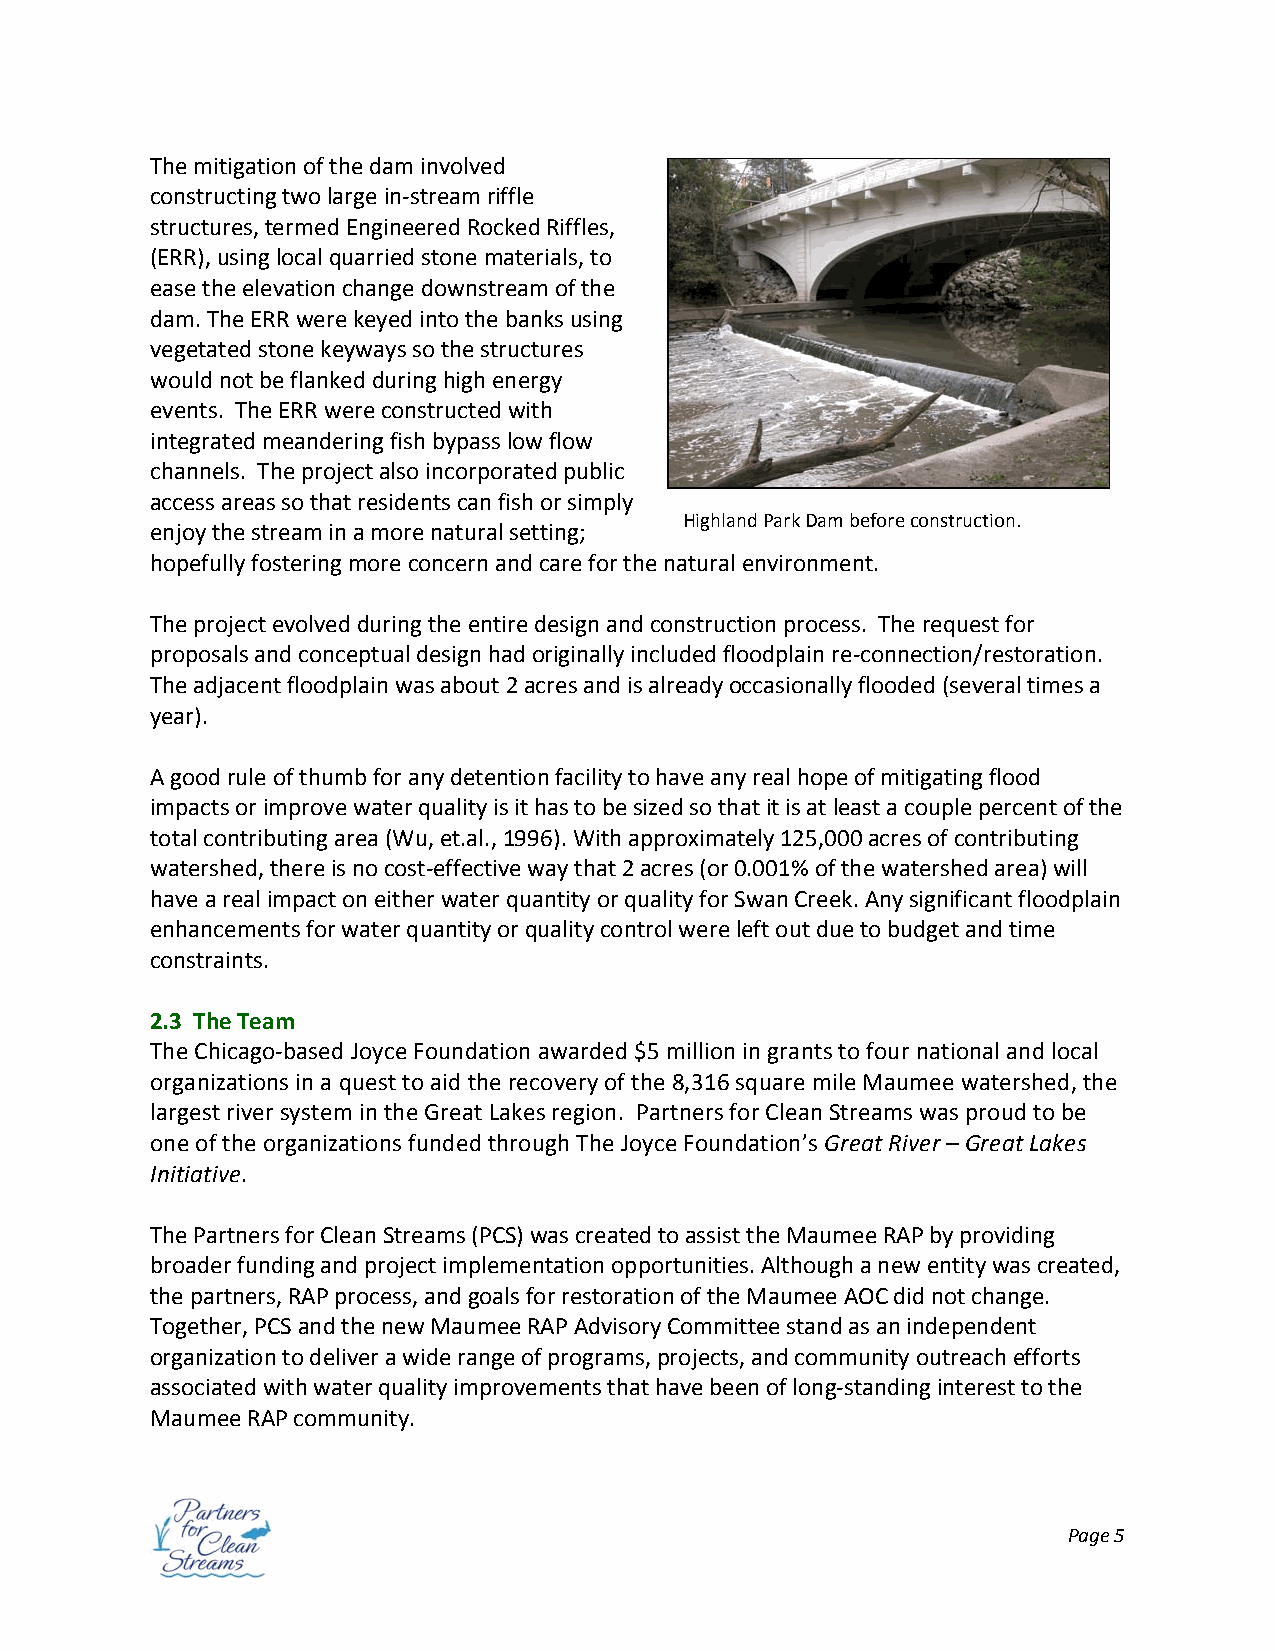
The mitigation of the dam involved
 constructing two large in‐stream riffle
 structures, termed Engineered Rocked Riffles,
 (ERR), using local quarried stone materials, to
 ease the elevation change downstream of the
 dam. The ERR were keyed into the banks using
 vegetated stone keyways so the structures
 would not be flanked during high energy
 events. The ERR were constructed with
 integrated meandering fish bypass low flow
 channels. The project also incorporated public
 access areas so that residents can fish or simply
 Highland Park Dam before construction.
 enjoy the stream in a more natural setting;
 hopefully fostering more concern and care for the natural environment.
 The project evolved during the entire design and construction process. The request for
 proposals and conceptual design had originally included floodplain re‐connection/restoration.
 The adjacent floodplain was about 2 acres and is already occasionally flooded (several times a
 year).
 A good rule of thumb for any detention facility to have any real hope of mitigating flood
 impacts or improve water quality is it has to be sized so that it is at least a couple percent of the
 total contributing area (Wu, et.al., 1996). With approximately 125,000 acres of contributing
 watershed, there is no cost‐effective way that 2 acres (or 0.001% of the watershed area) will
 have a real impact on either water quantity or quality for Swan Creek. Any significant floodplain
 enhancements for water quantity or quality control were left out due to budget and time
 constraints.
 2.3 The Team
 The Chicago‐based Joyce Foundation awarded $5 million in grants to four national and local
 organizations in a quest to aid the recovery of the 8,316 square mile Maumee watershed, the
 largest river system in the Great Lakes region. Partners for Clean Streams was proud to be
 one of the organizations funded through The Joyce Foundation’s Great River – Great Lakes
 Initiative.
 The Partners for Clean Streams (PCS) was created to assist the Maumee RAP by providing
 broader funding and project implementation opportunities. Although a new entity was created,
 the partners, RAP process, and goals for restoration of the Maumee AOC did not change.
 Together, PCS and the new Maumee RAP Advisory Committee stand as an independent
 organization to deliver a wide range of programs, projects, and community outreach efforts
 associated with water quality improvements that have been of long‐standing interest to the
 Maumee RAP community.
 Page 5